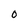
Character: 0